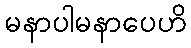
မနာပါမနာပေဟိ